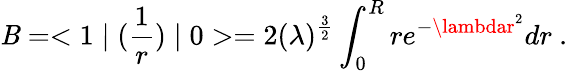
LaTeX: {\cal\mathit{B}}=<1\mid({\frac{{1}}{{r}}})\mid0>=2(\lambda)^{{\frac{{3}}{{2}}}}\int_{0}^{R}re^{-\lambdar^{2}}dr~.